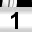
Digit: 1